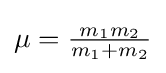
{\textstyle \mu ={\frac {m_{1}m_{2}}{m_{1}+m_{2}}}}